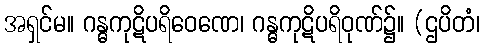
အရှင်မ။ ဂန္ဓကုဋိပရိဝေဏေ၊ ဂန္ဓကုဋိပရိဝုဏ်၌။ (ဌပိတံ၊